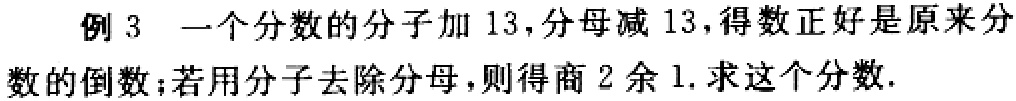
例 3 一个分数的分子加 13，分母减 13，得数正好是原来分数的倒数；若用分子去除分母，则得商 2 余 1. 求这个分数.